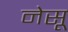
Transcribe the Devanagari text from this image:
नेसू